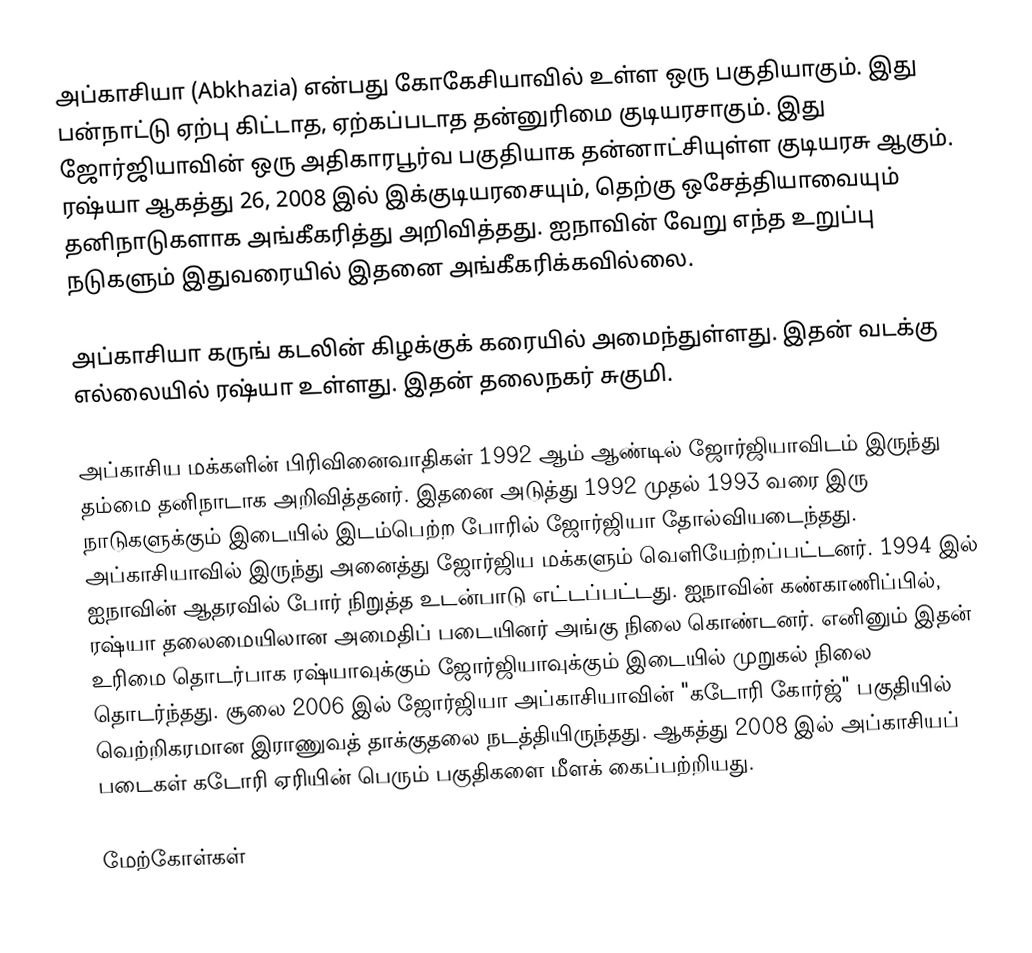
அப்காசியா (Abkhazia) என்பது கோகேசியாவில் உள்ள ஒரு பகுதியாகும். இது பன்நாட்டு ஏற்பு கிட்டாத, ஏற்கப்படாத தன்னுரிமை குடியரசாகும். இது ஜோர்ஜியாவின் ஒரு அதிகாரபூர்வ பகுதியாக தன்னாட்சியுள்ள குடியரசு ஆகும். ரஷ்யா ஆகத்து 26, 2008 இல் இக்குடியரசையும், தெற்கு ஒசேத்தியாவையும் தனிநாடுகளாக அங்கீகரித்து அறிவித்தது. ஐநாவின் வேறு எந்த உறுப்பு நடுகளும் இதுவரையில் இதனை அங்கீகரிக்கவில்லை.

அப்காசியா கருங் கடலின் கிழக்குக் கரையில் அமைந்துள்ளது. இதன் வடக்கு எல்லையில் ரஷ்யா உள்ளது. இதன் தலைநகர் சுகுமி.

அப்காசிய மக்களின் பிரிவினைவாதிகள் 1992 ஆம் ஆண்டில் ஜோர்ஜியாவிடம் இருந்து தம்மை தனிநாடாக அறிவித்தனர். இதனை அடுத்து 1992 முதல் 1993 வரை இரு நாடுகளுக்கும் இடையில் இடம்பெற்ற போரில் ஜோர்ஜியா தோல்வியடைந்தது. அப்காசியாவில் இருந்து அனைத்து ஜோர்ஜிய மக்களும் வெளியேற்றப்பட்டனர். 1994 இல் ஐநாவின் ஆதரவில் போர் நிறுத்த உடன்பாடு எட்டப்பட்டது. ஐநாவின் கண்காணிப்பில், ரஷ்யா தலைமையிலான அமைதிப் படையினர் அங்கு நிலை கொண்டனர். எனினும் இதன் உரிமை தொடர்பாக ரஷ்யாவுக்கும் ஜோர்ஜியாவுக்கும் இடையில் முறுகல் நிலை தொடர்ந்தது. சூலை 2006 இல் ஜோர்ஜியா அப்காசியாவின் "கடோரி கோர்ஜ்" பகுதியில் வெற்றிகரமான இராணுவத் தாக்குதலை நடத்தியிருந்தது. ஆகத்து 2008 இல் அப்காசியப் படைகள் கடோரி ஏரியின் பெரும் பகுதிகளை மீளக் கைப்பற்றியது.

மேற்கோள்கள்